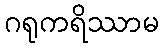
ဂရုကရိဿာမ